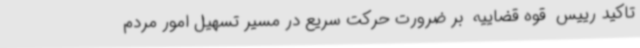
تاکید رییس  قوه قضاییه  بر ضرورت حرکت سریع در مسیر تسهیل امور مردم